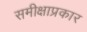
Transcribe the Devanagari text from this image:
समीक्षाप्रकार